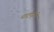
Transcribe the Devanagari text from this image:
धातूपट्टीने